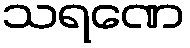
သရဏေ